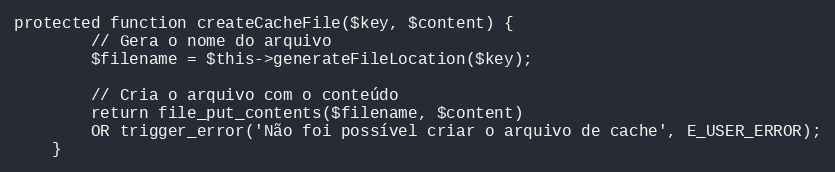
Language: PHP
protected function createCacheFile($key, $content) {
        // Gera o nome do arquivo
        $filename = $this->generateFileLocation($key);

        // Cria o arquivo com o conteúdo
        return file_put_contents($filename, $content)
        OR trigger_error('Não foi possível criar o arquivo de cache', E_USER_ERROR);
    }